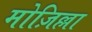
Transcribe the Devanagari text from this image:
मोज़िल्ला